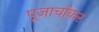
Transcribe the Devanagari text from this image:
पूजार्चाकर